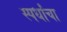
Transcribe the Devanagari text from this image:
स्पर्धांंचा